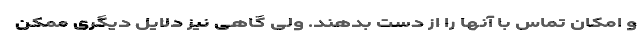
و امکان تماس با آنها را از دست بدهند. ولی گاهی نیز دلایل دیگری ممکن